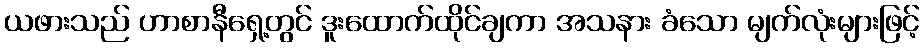
ယဖားသည် ဟာစာနီရှေ့တွင် ဒူးထောက်ထိုင်ချကာ အသနား ခံသော မျက်လုံးများဖြင့်